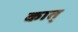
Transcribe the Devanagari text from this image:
कात्‌